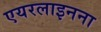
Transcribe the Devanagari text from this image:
एयरलाइनना